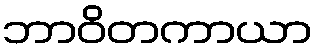
ဘာဝိတကာယာ